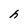
Character: h